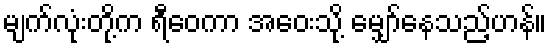
မျက်လုံးတို့က ရီဝေကာ အဝေးသို့ မျှော်နေသည့်ဟန်။